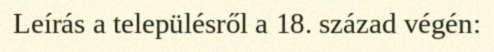
Leírás a településről a 18. század végén: